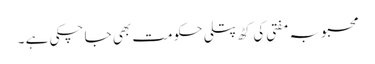
محبوبہ مفتی کی کٹھ پتلی حکومت بھی جا چکی ہے ۔